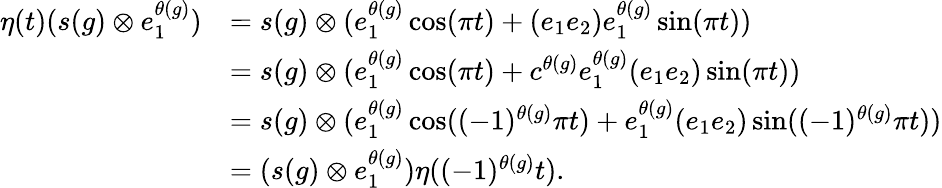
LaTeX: \begin{array}{rl}{\eta(t)(s(g)\otimes e_{1}^{\theta(g)})}&{=s(g)\otimes(e_{1}^{\theta(g)}\cos(\pi t)+(e_{1}e_{2})e_{1}^{\theta(g)}\sin(\pi t))}\\ &{=s(g)\otimes(e_{1}^{\theta(g)}\cos(\pi t)+c^{\theta(g)}e_{1}^{\theta(g)}(e_{1}e_{2})\sin(\pi t))}\\ &{=s(g)\otimes(e_{1}^{\theta(g)}\cos((-1)^{\theta(g)}\pi t)+e_{1}^{\theta(g)}(e_{1}e_{2})\sin((-1)^{\theta(g)}\pi t))}\\ &{=(s(g)\otimes e_{1}^{\theta(g)})\eta((-1)^{\theta(g)}t).}\end{array}